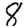
Digit: 8